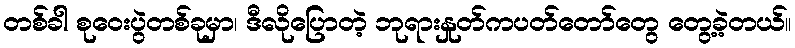
တစ်ခါ စုဝေးပွဲတစ်ခုမှာ၊ ဒီလိုပြောတဲ့ ဘုရားနှုတ်ကပတ်တော်တွေ တွေ့ခဲ့တယ်။